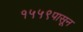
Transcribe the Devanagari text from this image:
१५५९पासून